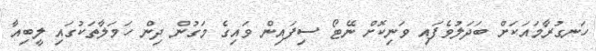
ހަނގުރާމައަކަށް ބަދަލުވެފައި ވަނިކޮށް ނޭޓޯ ސިފައިން ވައިގެ މަގުން ދިން ހަމަލާތަކުގައި ލީބިއާ